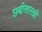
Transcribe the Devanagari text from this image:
छ्बीसारखी